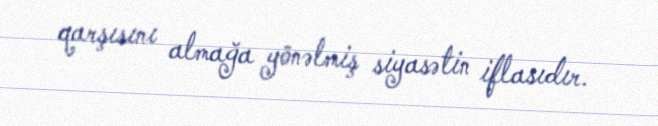
qarşısını almağa yönəlmiş siyasətin iflasıdır.